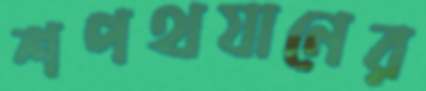
শপথযানের